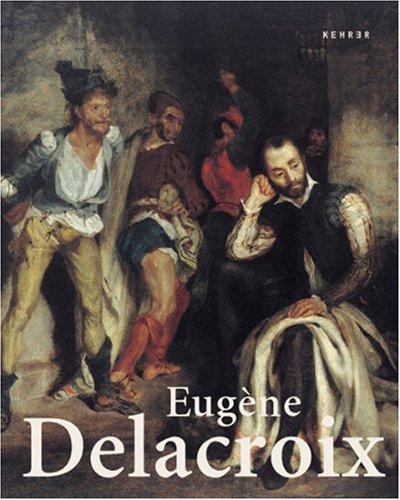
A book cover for EugÃ¨ne Delacroix: Staatliche Kunsthalle Karlsruhe (German Edition); BarthÃ©lÃ©my Jobert; Arts & Photography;